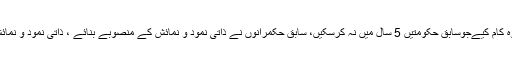
عثمان بزدار کا کہنا تھا مختصر مدت میں وہ کام کیےجوسابق حکومتیں 5 سال میں نہ کرسکیں، سابق حکمرانوں نے ذاتی نمود و نمائش کے منصوبے بنائے ، ذاتی نمود و نمائش کے منصوبوں سےعوام کو فائدہ نہیں ہوا۔